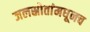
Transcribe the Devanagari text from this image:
जलस्रोतांमधूनच